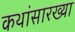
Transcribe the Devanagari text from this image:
कथांसारख्या